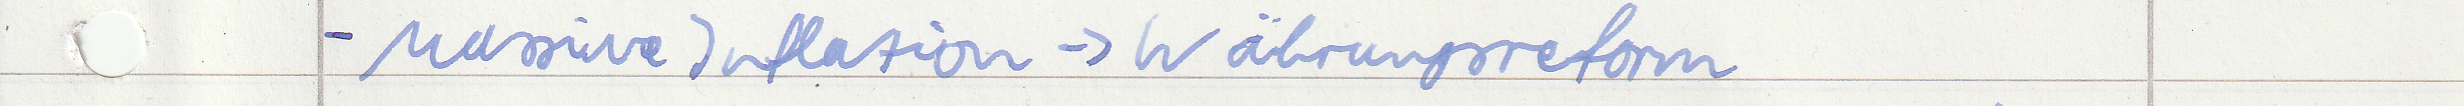
- Massive Inflation -> Währungsreform